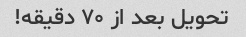
تحویل بعد از ۷۰ دقیقه!